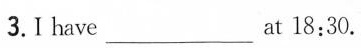
3.I have___at 18:30.